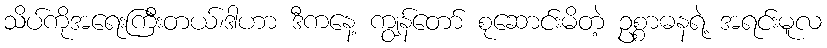
သိပ်ကိုအရေးကြီးတယ်၊ဒါဟာ ဒီကနေ့ ကျွန်တော် စုဆောင်းမိတဲ့ ဥစ္စာဓနရဲ့ အရင်းမူလ